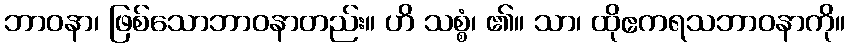
ဘာဝနာ၊ ဖြစ်သောဘာဝနာတည်း။ ဟိ သစ္စံ၊ ၏။ သာ၊ ထိုဧကရသဘာဝနာကို။